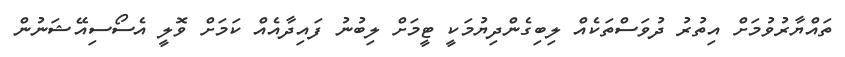
ތައްޔާރުވުމަށް އިތުރު ދުވަސްތަކެއް ލިބިގެންދިޔުމަކީ ޓީމަށް ލިބުނު ފައިދާއެއް ކަމަށް ވޮލީ އެސޯސިއޭޝަނުން